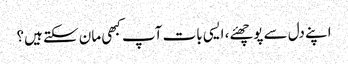
اپنے دل سے پوچھئے، ایسی بات آپ کبھی مان سکتے ہیں؟